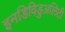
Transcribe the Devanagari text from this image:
इनडिविडुअलिटी